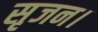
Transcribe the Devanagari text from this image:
सृजन।